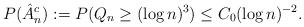
LaTeX: \begin{align*}P(\hat{A}_n^c) := P( Q_n \ge (\log n)^3 )\le C_0 (\log n)^{-2}. \end{align*}